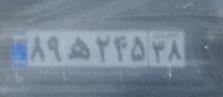
۸۹ه۲۴۵۴۸